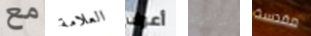
مع العلامة أعرف تذكرين مقدسة